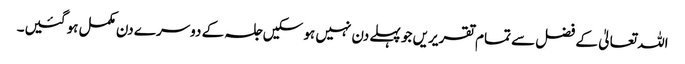
اللہ تعالیٰ کے فضل سے تمام تقریریں جو پہلے دن نہیں ہو سکیں جلسہ کے دوسرے دن مکمل ہو گئیں۔